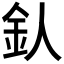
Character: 𨤿